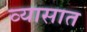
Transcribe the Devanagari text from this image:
व्यासात